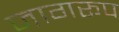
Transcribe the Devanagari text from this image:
जागरूप